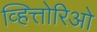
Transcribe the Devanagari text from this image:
व्हित्तोरिओ